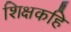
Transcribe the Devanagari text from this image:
शिक्षकहि